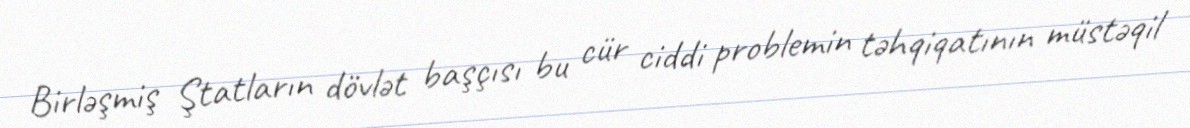
Birləşmiş Ştatların dövlət başçısı bu cür ciddi problemin təhqiqatının müstəqil